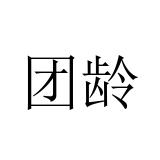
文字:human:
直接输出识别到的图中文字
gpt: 团龄